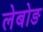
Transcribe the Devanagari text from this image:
लेबोङ